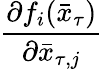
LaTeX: \frac{\partial f_{i}(\bar{x}_{\tau})}{\partial\bar{x}_{\tau,j}}